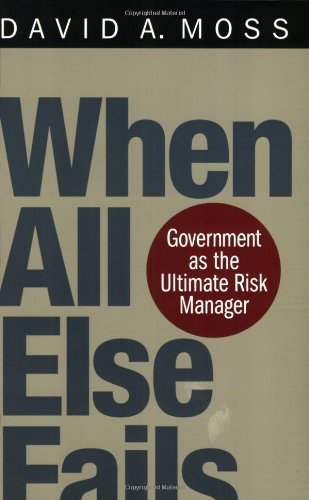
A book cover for When All Else Fails: Government as the Ultimate Risk Manager; David A. Moss; Law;